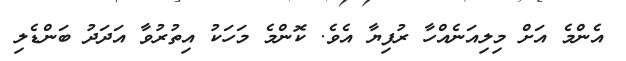
އެންމެ އަށް މިލިއަނެއްހާ ރުފިޔާ އެވެ. ކޮންމެ މަހަކު އިތުރުވާ އަދަދު ބަންޑެލި